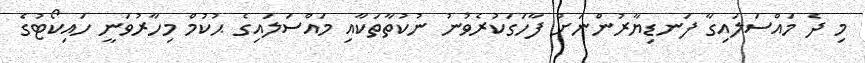
މި ދެ މައްސަލައިގާ ފަނޑިޔާރުންނަށް ފާހަގަކުރެވުނު ނުކުތާތަކާއި މައްސަލައިގެ ޙުކުމް މިހާރުވަނީ ހައިކޯޓުގެ